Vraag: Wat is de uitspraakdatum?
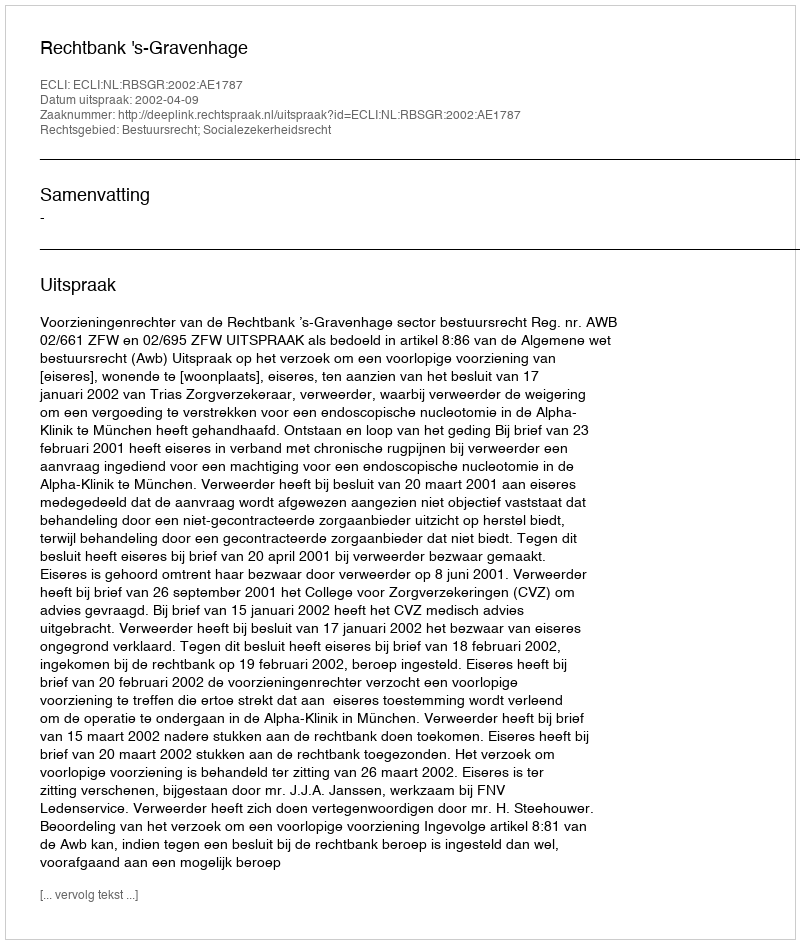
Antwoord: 2002-04-09